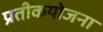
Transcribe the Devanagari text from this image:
प्रतीकयोजना